Punjab Mental Hospital Lahore 1922-31 - 1922-1931
Year: 1922
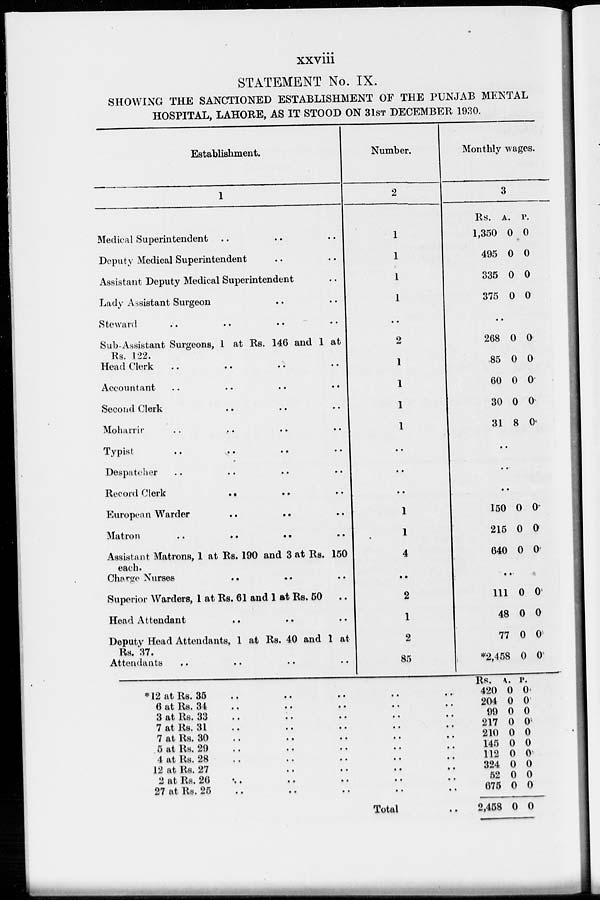
xxviii
STATEMENT No. IX.
SHOWING THE SANCTIONED ESTABLISHMENT OF THE PUNJAB MENTAL
HOSPITAL, LAHORE, AS IT STOOD ON 31ST DECEMBER 1930.
Establishment.
1
Medical Superintendent .. .. ..
Deputy Medical Superintendent .. ..
Assistant Deputy Medical Superintendent ..
Lady Assistant Surgeon .. ..
Steward .. .. .. ..
Sub-Assistant Surgeons, 1 at Rs. 146 and 1 at
Rs. 122.
Head Clerk .. .. .. ..
Accountant
..
..
..
..
..
..
Second Clerk .. .. ..
Moharrir .. .. .. ..
Typist .. .. .. ..
Despatcher .. .. .. ..
Record Clerk
..
..
..
European Warder .. .. ..
Matron
..
..
..
..
Assistant Matrons, 1 at Rs. 190 and 3 at Rs. 150
each.
Charge Nurses
..
..
..
Superior Warders, 1 at Rs. 61 and 1 at Rs. 50
Head Attendant
..
..
..
Deputy Head Attendants, 1 at Rs. 40 and 1 at
Rs. 37.
Attendants
.. .. .. ..
Number.
2
1
1
1
1
..
2
1
1
1
1
..
..
..
1
1
4
..
2
1
2
85
Monthly wages.
3
Rs.
1,350
495
335
375
A.
0
0
0
0
P.
0
0
0
0
..
268
85
60
30
31
0
0
0
0
8
0
0
0
0
0
..
..
..
150
215
640
0
0
0
0
0
0
..
111
48
77
*2,458
0
0
0
0
0
0
0
0
*12 at Rs. 35 .. .. .. .. ..
6 at Rs. 34 .. .. .. .. ..
3 at Rs. 33 .. .. .. .. ..
7 at Rs. 31 .. .. .. .. ..
7 at Rs. 30 .. .. .. .. ..
5 at Rs. 29 .. .. .. .. ..
4 at Rs. 28 .. .. .. .. ..
12 at Rs. 27 .. .. .. .. ..
2 at Rs. 26 .. .. .. .. ..
27 at Rs. 25 .. .. .. .. ..
Total ..
Rs.
420
204
90
217
210
145
112
324
52
675
2,458
A.
0
0
0
0
0
0
0
0
0
0
0
P.
0
0
0
0
0
0
0
0
0
0
0